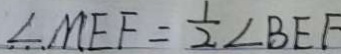
\angle M E F = \frac { 1 } { 2 } \angle B E F